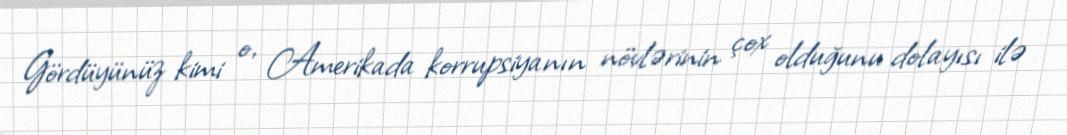
Gördüyünüz kimi o, Amerikada korrupsiyanın növlərinin çox olduğunu dolayısı ilə